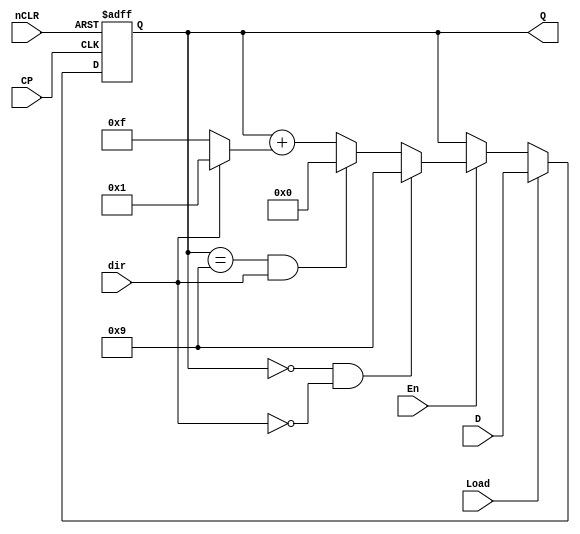
`timescale 1ns / 1ps
//////////////////////////////////////////////////////////////////////////////////
// Company: 
// Engineer: 
// 
// Design Name: 
// Module Name: counter10
// Project Name: 
// Target Devices: 
// Tool Versions: 
// Description: 
// 
// Dependencies: 
// 
// Revision:
// Revision 0.01 - File Created
// Additional Comments:
// 
//////////////////////////////////////////////////////////////////////////////////


module counter10(input Load, En, dir, CP, nCLR, input [3:0] D ,output reg[3:0] Q);
integer direction;
always @ (posedge CP, negedge nCLR) begin
    if (~nCLR)
        Q <= 4'b0000;
    else begin
        if (dir)
            direction = 1;
        else
            direction = -1;
        if (Load)
            Q <= D;
        else if (~En)
            Q <= Q;
        else if ((Q == 4'b0000) && ~dir)
            Q <= 4'b1001;
        else if ((Q == 4'b1001) && dir)
            Q <= 4'b0000;
        else
            Q <= Q + direction;
    end
end
endmodule